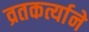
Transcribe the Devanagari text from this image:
व्रतकर्त्याने